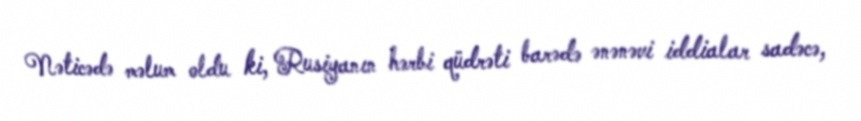
Nəticədə məlum oldu ki, Rusiyanın hərbi qüdrəti barədə ənənəvi iddialar sadəcə,